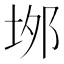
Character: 𡋓